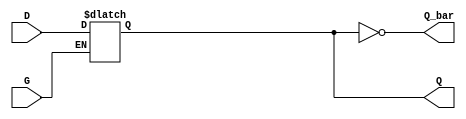
module GatedDLatch (
    input wire D,     // Data input
    input wire G,     // Gate / Enable input
    output reg Q,     // Output
    output wire Q_bar // Complementary output
);

// Complementary output
assign Q_bar = ~Q;

// Always block to model the behavior of the Gated D Latch
always @(*) begin
    if (G) begin
        // When G is high, Q follows D
        Q = D;
    end
    // When G is low, Q retains its value
end

endmodule